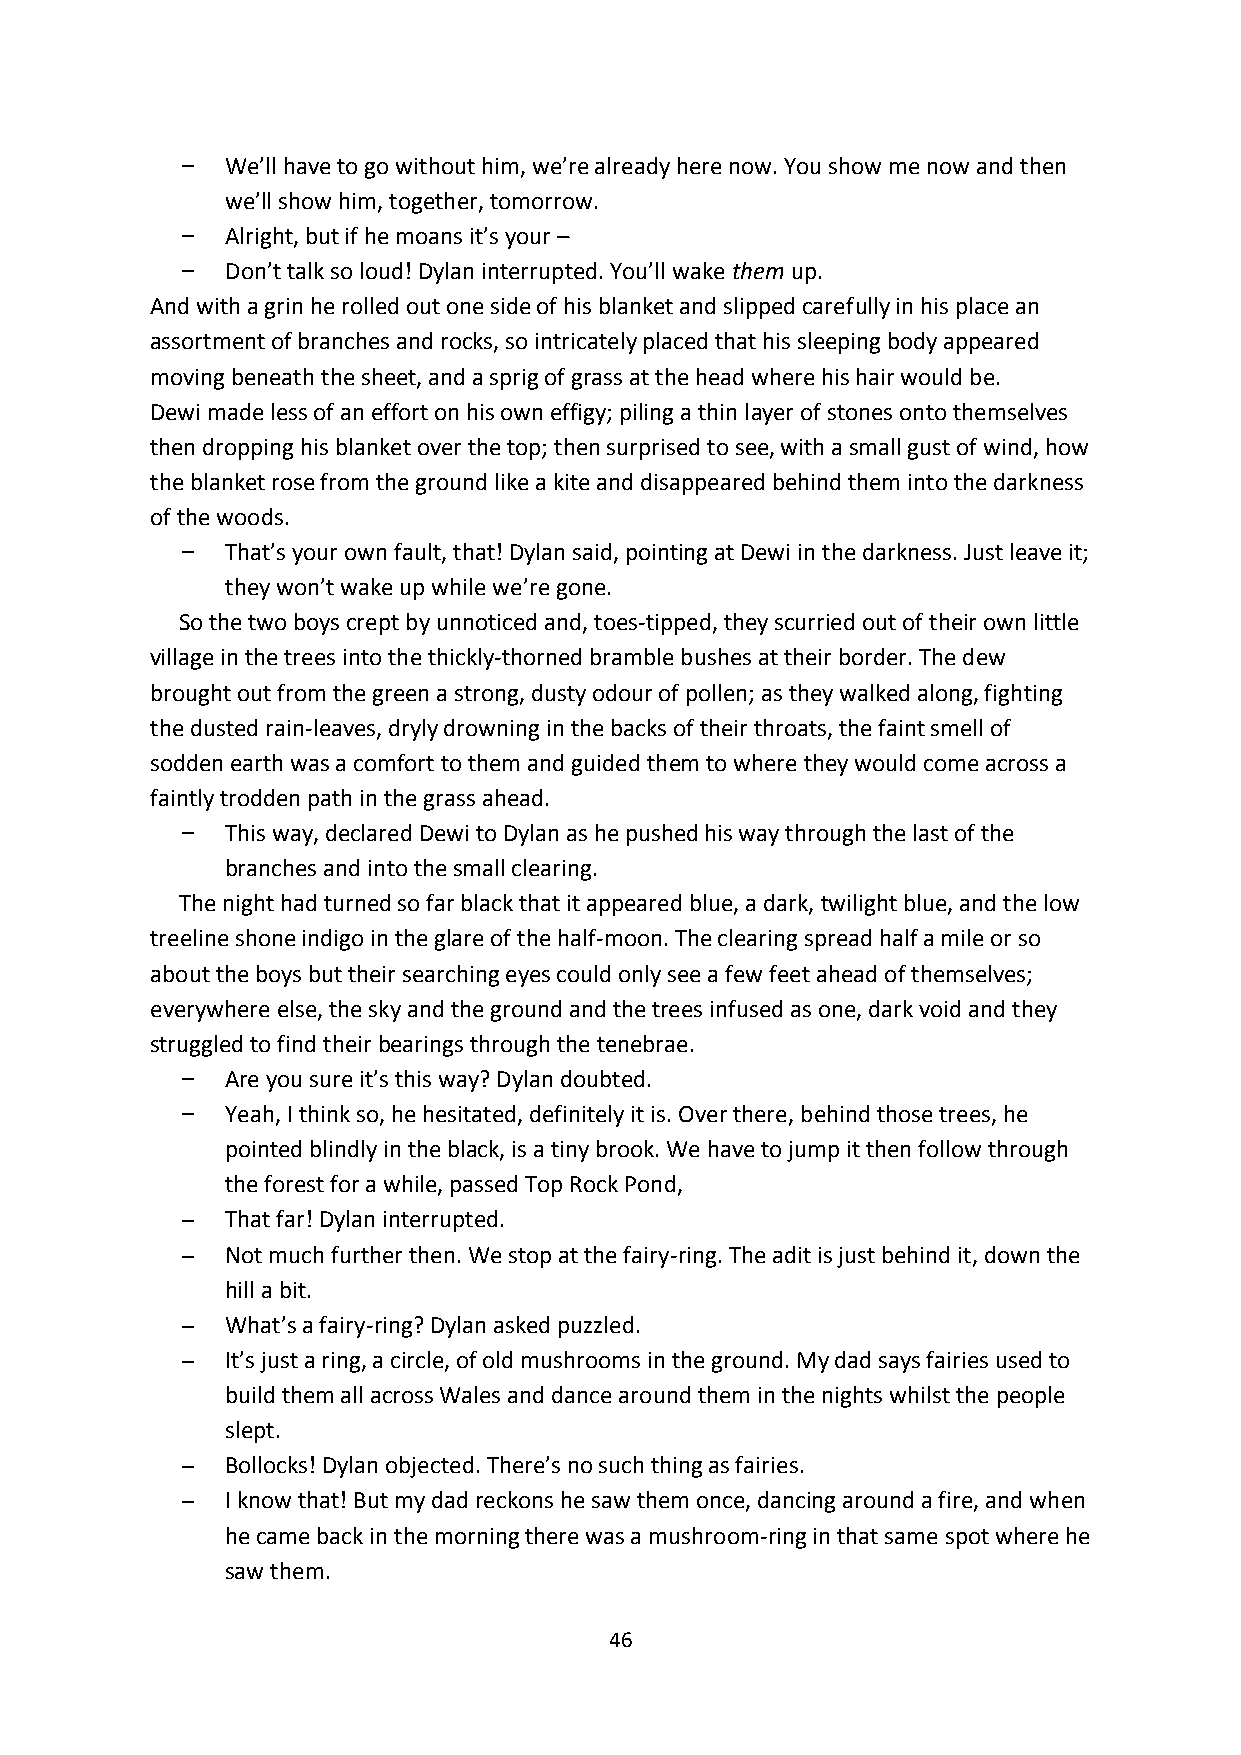
We’ll have to go without him, we’re already here now. You show me now and then
 we’ll show him, together, tomorrow.
 Alright, but if he moans it’s your –
 Don’t talk so loud! Dylan interrupted. You’ll wake them up.
 And with a grin he rolled out one side of his blanket and slipped carefully in his place an
 assortment of branches and rocks, so intricately placed that his sleeping body appeared
 moving beneath the sheet, and a sprig of grass at the head where his hair would be.
 Dewi made less of an effort on his own effigy; piling a thin layer of stones onto themselves
 then dropping his blanket over the top; then surprised to see, with a small gust of wind, how
 the blanket rose from the ground like a kite and disappeared behind them into the darkness
 of the woods.
 That’s your own fault, that! Dylan said, pointing at Dewi in the darkness. Just leave it;
 they won’t wake up while we’re gone.
 So the two boys crept by unnoticed and, toes-tipped, they scurried out of their own little
 village in the trees into the thickly-thorned bramble bushes at their border. The dew
 brought out from the green a strong, dusty odour of pollen; as they walked along, fighting
 the dusted rain-leaves, dryly drowning in the backs of their throats, the faint smell of
 sodden earth was a comfort to them and guided them to where they would come across a
 faintly trodden path in the grass ahead.
 This way, declared Dewi to Dylan as he pushed his way through the last of the
 branches and into the small clearing.
 The night had turned so far black that it appeared blue, a dark, twilight blue, and the low
 treeline shone indigo in the glare of the half-moon. The clearing spread half a mile or so
 about the boys but their searching eyes could only see a few feet ahead of themselves;
 everywhere else, the sky and the ground and the trees infused as one, dark void and they
 struggled to find their bearings through the tenebrae.
 Are you sure it’s this way? Dylan doubted.
 Yeah, I think so, he hesitated, definitely it is. Over there, behind those trees, he
 pointed blindly in the black, is a tiny brook. We have to jump it then follow through
 the forest for a while, passed Top Rock Pond,
 That far! Dylan interrupted.
 Not much further then. We stop at the fairy-ring. The adit is just behind it, down the
 hill a bit.
 What’s a fairy-ring? Dylan asked puzzled.
 It’s just a ring, a circle, of old mushrooms in the ground. My dad says fairies used to
 build them all across Wales and dance around them in the nights whilst the people
 slept.
 Bollocks! Dylan objected. There’s no such thing as fairies.
 I know that! But my dad reckons he saw them once, dancing around a fire, and when
 he came back in the morning there was a mushroom-ring in that same spot where he
 saw them.
 46